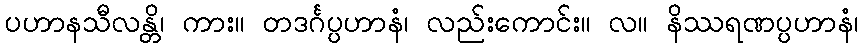
ပဟာနသီလန္တိ၊ ကား။ တဒင်္ဂပ္ပဟာနံ၊ လည်းကောင်း။ လ။ နိဿရဏပ္ပဟာနံ၊